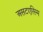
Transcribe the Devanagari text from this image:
असटएरिस्म